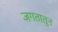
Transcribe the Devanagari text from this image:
जगतातून